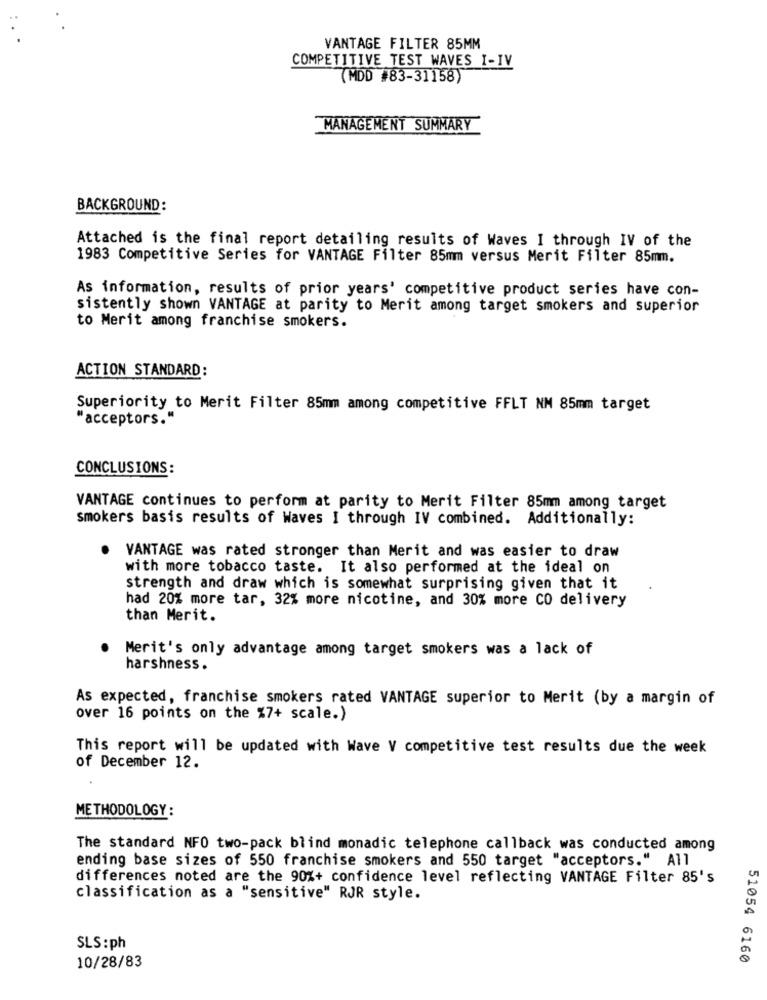
VANTAGE FILTER 85MM
COMPETITIVE TEST WAVES I-IV
(MDD #83-31158)
MANAGEMENT SUMMARY
BACKGROUND:
Attached is the final report detailing results of Waves I through IV of the
1983 Competitive Series for VANTAGE Filter 85mm versus Merit Filter 85mm.
As information, results of prior years' competitive product series have con-
sistently shown VANTAGE at parity to Merit among target smokers and superior
to Merit among franchise smokers.
ACTION STANDARD:
Superiority to Merit Filter 85mm among competitive FFLT NM 85mm target
"acceptors."
CONCLUSIONS:
VANTAGE continues to perform at parity to Merit Filter 85mm among target
smokers basis results of Waves I through IV combined. Additionally:
.
VANTAGE was rated stronger than Merit and was easier to draw
with more tobacco taste. It also performed at the ideal on
strength and draw which is somewhat surprising given that it
had 20% more tar, 32% more nicotine, and 30% more CO delivery
than Merit.
. Merit's only advantage among target smokers was a lack of
harshness.
As expected, franchise smokers rated VANTAGE superior to Merit (by a margin of
over 16 points on the %7+ scale.)
This report will be updated with Wave V competitive test results due the week
of December 12.
METHODOLOGY :
The standard NFO two-pack blind monadic telephone callback was conducted among
ending base sizes of 550 franchise smokers and 550 target "acceptors." All
differences noted are the 90%+ confidence level reflecting VANTAGE Filter 85's
classification as a "sensitive" RJR style.
SLS : ph
10/28/83
51054 6160